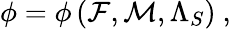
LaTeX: {\cal\phi}={\cal\phi}\left({\cal F},{\cal M},{\Lambda_{S}}\right)\ ,